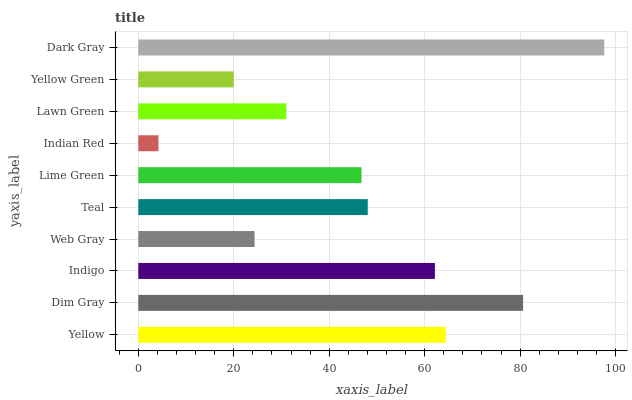
| yaxis_label | bars |
 | --- | --- |
 | Yellow | 64.4 |
 | Dim Gray | 80.6 |
 | Indigo | 62.1 |
 | Web Gray | 24.4 |
 | Teal | 48.1 |
 | Lime Green | 46.8 |
 | Indian Red | 4.22 |
 | Lawn Green | 31 |
 | Yellow Green | 20 |
 | Dark Gray | 97.6 |